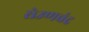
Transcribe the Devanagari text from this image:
सेउणचंद्र